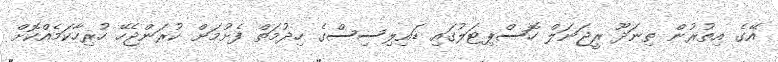
އޭގެ އިތުރުން ތިނަދޫ ރީޖަނަލް ހޮސްޕިޓަލުގައި ޑައިލިސިސްގެ ހިދުމަތް ފެށުމަށް ކުރަންޖެހޭ ހުރިހާކަމެއްކޮށް